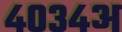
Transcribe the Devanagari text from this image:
४०३४अ